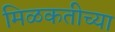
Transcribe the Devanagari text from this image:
मिळकतीच्या